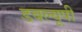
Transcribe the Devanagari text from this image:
डबल्यूपी